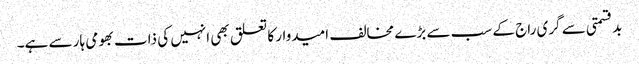
بدقسمتی سے گری راج کے سب سے بڑے مخالف امیدوار کا تعلق بھی انہیں کی ذات بھومی ہار سے ہے۔